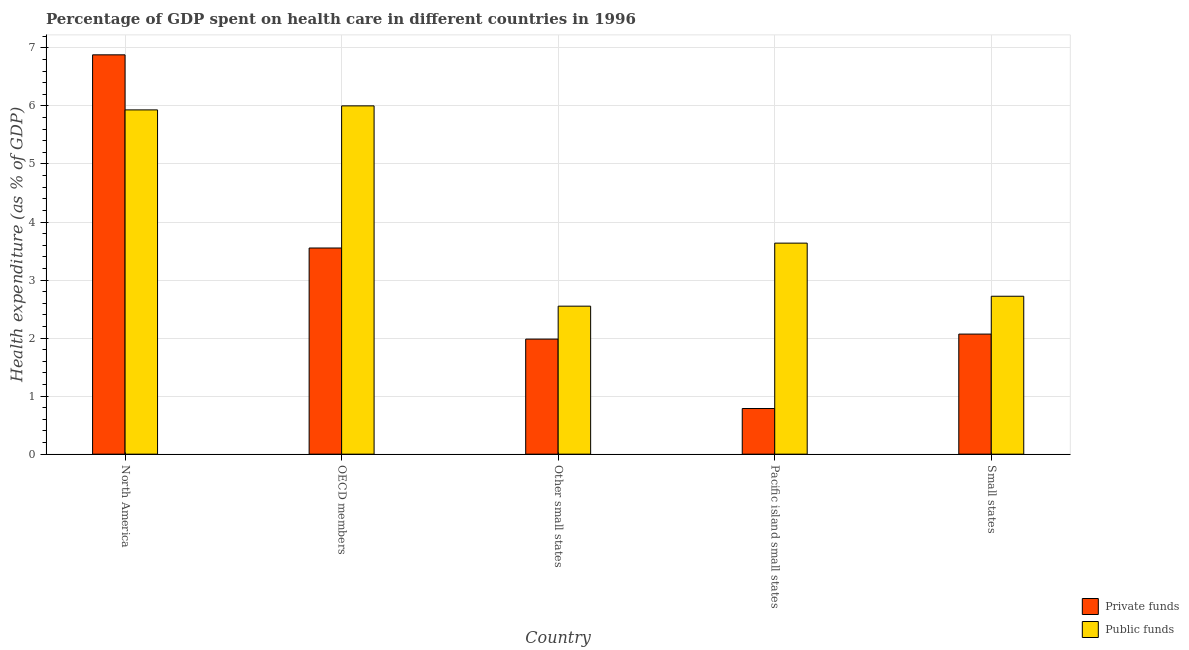
| Country | Private funds | Public funds |
 | --- | --- | --- |
 | North America | 6.88 | 5.93 |
 | OECD members | 3.55 | 6 |
 | Other small states | 1.98 | 2.55 |
 | Pacific island small states | 0.786 | 3.64 |
 | Small states | 2.07 | 2.72 |